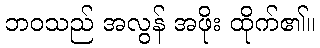
ဘဝသည် အလွန် အဖိုး ထိုက်၏။